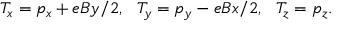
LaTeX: T _ { x } = p _ { x } + e B y / 2 , ~ ~ T _ { y } = p _ { y } - e B x / 2 , ~ ~ T _ { z } = p _ { z } .